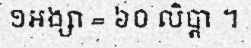
១អង្សា = ៦០ លិប្តា ។